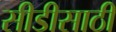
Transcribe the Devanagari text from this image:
सीडीसाठी